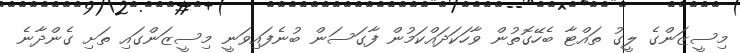
މިސީޒަންގެ ލީގު ތައްޓާ ބެހޭގޮތުން ވާހަކަދައްކަމުން ފާގަސަން ބުނެފައިވަނީ މިސީޒަންގައި ތަށި ގެންދާނެ